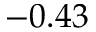
- 0 . 4 3